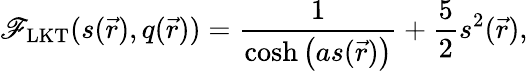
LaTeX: \mathscr{F}_{\mathrm{{LKT}}}(s(\vec{{r}}),q(\vec{{r}}))=\frac{{1}}{{\cosh\left(as(\vec{{r}})\right)}}+\frac{{5}}{{2}}s^{2}(\vec{{r}}),